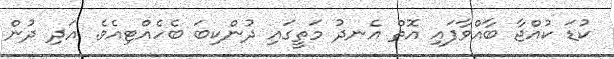
ކުޑަ ކުއްޖާ ބާއްވާފައި އޮތް އެނދު މަތީގައި ދުންކިބަ ބެހެއްޓިއެވެ. އަދި ދުން